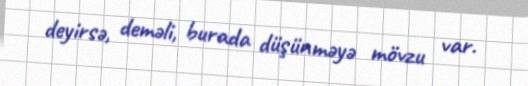
deyirsə, deməli, burada düşünməyə mövzu var.